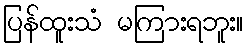
ပြန်ထူးသံ မကြားရဘူး။